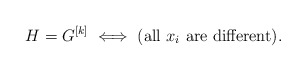
\begin{align*} H=G^{[k]} \iff \mbox{(all $x_i$ are different)}. \end{align*}